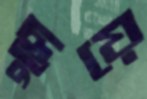
ছুয়ে